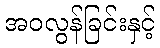
အဝလွန်ခြင်းနှင့်